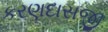
કરણદાસજી